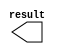
// megafunction wizard: %LPM_CONSTANT%VBB%
// GENERATION: STANDARD
// VERSION: WM1.0
// MODULE: LPM_CONSTANT 

// ============================================================
// Megafunction Name(s):
// 			LPM_CONSTANT
//
// Simulation Library Files(s):
// 			lpm
// ============================================================
// ************************************************************
// THIS IS A WIZARD-GENERATED FILE. DO NOT EDIT THIS FILE!
//
// 15.0.0 Build 145 04/22/2015 SJ Full Version
// ************************************************************

//Copyright (C) 1991-2015 Altera Corporation. All rights reserved.
//Your use of Altera Corporation's design tools, logic functions 
//and other software and tools, and its AMPP partner logic 
//functions, and any output files from any of the foregoing 
//(including device programming or simulation files), and any 
//associated documentation or information are expressly subject 
//to the terms and conditions of the Altera Program License 
//Subscription Agreement, the Altera Quartus II License Agreement,
//the Altera MegaCore Function License Agreement, or other 
//applicable license agreement, including, without limitation, 
//that your use is for the sole purpose of programming logic 
//devices manufactured by Altera and sold by Altera or its 
//authorized distributors.  Please refer to the applicable 
//agreement for further details.

module R_GAIN (
	result);

	output	[13:0]  result;

endmodule

// ============================================================
// CNX file retrieval info
// ============================================================
// Retrieval info: PRIVATE: INTENDED_DEVICE_FAMILY STRING "Stratix V"
// Retrieval info: PRIVATE: JTAG_ENABLED NUMERIC "1"
// Retrieval info: PRIVATE: JTAG_ID STRING "R"
// Retrieval info: PRIVATE: Radix NUMERIC "16"
// Retrieval info: PRIVATE: SYNTH_WRAPPER_GEN_POSTFIX STRING "0"
// Retrieval info: PRIVATE: Value NUMERIC "1098"
// Retrieval info: PRIVATE: nBit NUMERIC "14"
// Retrieval info: PRIVATE: new_diagram STRING "1"
// Retrieval info: LIBRARY: lpm lpm.lpm_components.all
// Retrieval info: CONSTANT: LPM_CVALUE NUMERIC "1098"
// Retrieval info: CONSTANT: LPM_HINT STRING "ENABLE_RUNTIME_MOD=YES, INSTANCE_NAME=R"
// Retrieval info: CONSTANT: LPM_TYPE STRING "LPM_CONSTANT"
// Retrieval info: CONSTANT: LPM_WIDTH NUMERIC "14"
// Retrieval info: USED_PORT: result 0 0 14 0 OUTPUT NODEFVAL "result[13..0]"
// Retrieval info: CONNECT: result 0 0 14 0 @result 0 0 14 0
// Retrieval info: GEN_FILE: TYPE_NORMAL R_GAIN.v TRUE
// Retrieval info: GEN_FILE: TYPE_NORMAL R_GAIN.inc FALSE
// Retrieval info: GEN_FILE: TYPE_NORMAL R_GAIN.cmp FALSE
// Retrieval info: GEN_FILE: TYPE_NORMAL R_GAIN.bsf FALSE
// Retrieval info: GEN_FILE: TYPE_NORMAL R_GAIN_inst.v FALSE
// Retrieval info: GEN_FILE: TYPE_NORMAL R_GAIN_bb.v TRUE
// Retrieval info: LIB_FILE: lpm